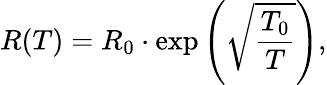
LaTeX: R(T)=R_{0}\cdot\exp\left(\sqrt{\frac{T_{0}}{T}}\right),